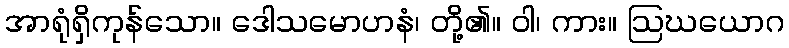
အာရုံရှိကုန်သော။ ဒေါသမောဟနံ၊ တို့၏။ ဝါ၊ ကား။ ဩဃယောဂ